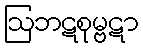
ဩဘဋစုမ္ဗဋာ